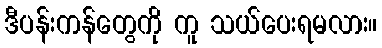
ဒီပန်းကန်တွေကို ကူ သယ်ပေးရမလား။